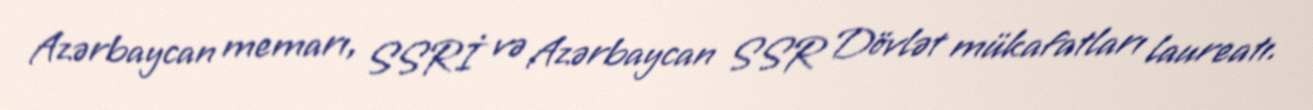
Azərbaycan memarı, SSRİ və Azərbaycan SSR Dövlət mükafatları laureatı.